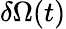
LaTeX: \delta\Omega(t)